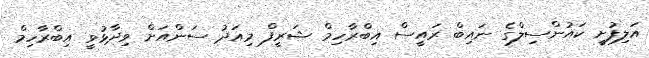
އަލިފުށީ ކައުންސިލްގެ ނައިބް ރައީސް އިބްރާހިމް ޝަރީފް މިއަދު ސަންއަށް ވިދާޅުވީ އިބްރާހިމް